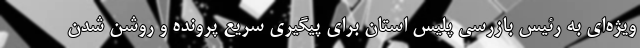
ویژه‌ای به رئیس بازرسی پلیس استان برای پیگیری سریع پرونده و روشن شدن